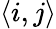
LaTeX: \langle i,j\rangle